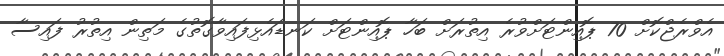
އެވްރެޖްކޮށް 70 ޕޮއިންޓަށްވުރެ އިތުރަށް ބަހާ ޕޮއިންޓަށް ކަނޑައެޅިފައިވާގޮތުގެ މަތިން އިތުރު ފައިސާ